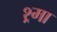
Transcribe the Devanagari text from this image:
श्र्मा